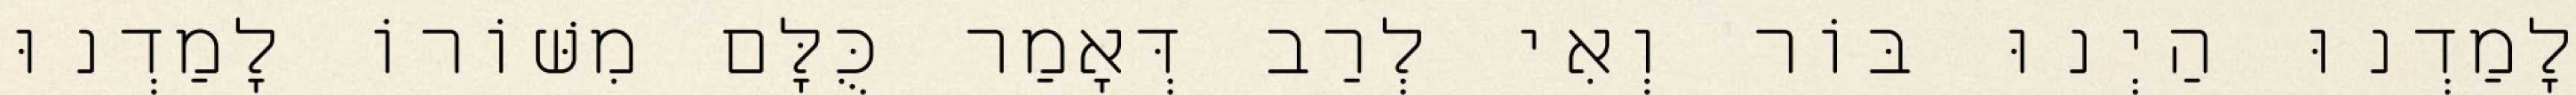
לָמַדְנוּ הַיְנוּ בּוֹר וְאִי לְרַב דְּאָמַר כֻּלָּם מִשּׁוֹרוֹ לָמַדְנוּ